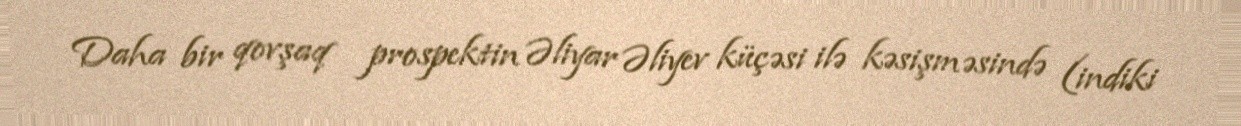
Daha bir qovşaq prospektin Əliyar Əliyev küçəsi ilə kəsişməsində (indiki